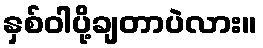
နှစ်ဝါပို့ချတာပဲလား။